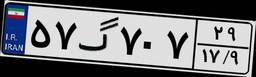
۵۷گ۷۰۷۲۹